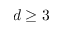
d \geq 3